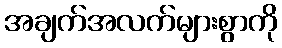
အချက်အလက်များစွာကို